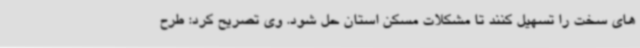
های سخت را تسهیل کنند تا مشکلات مسکن استان حل شود. وی تصریح کرد: طرح